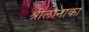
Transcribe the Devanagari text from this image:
श्रीलानाका